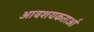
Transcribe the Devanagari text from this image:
आवशयकताओं